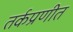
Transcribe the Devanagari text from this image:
तर्कप्रणीत